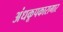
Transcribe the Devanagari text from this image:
अंधकूपकारागार